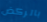
بالركض